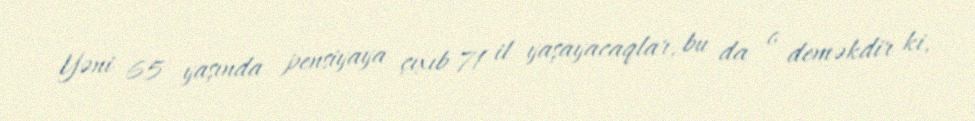
Yəni 65 yaşında pensiyaya çıxıb 71 il yaşayacaqlar, bu da o deməkdir ki,